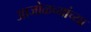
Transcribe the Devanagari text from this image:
आजोळच्यांच्या